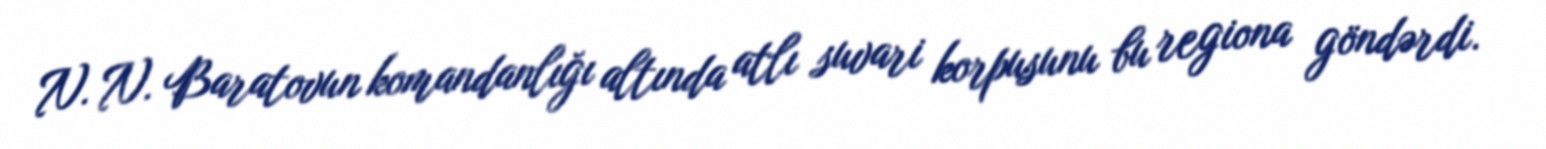
N. N. Baratovun komandanlığı altında atlı suvari korpusunu bu regiona göndərdi.